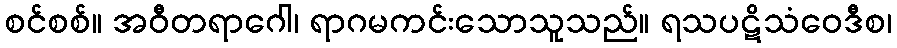
စင်စစ်။ အဝီတရာဂေါ၊ ရာဂမကင်းသောသူသည်။ ရသပဋိသံဝေဒီစ၊